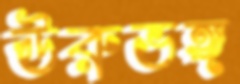
ঊরুভঙ্গ